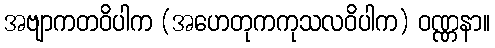
အဗျာကတဝိပါက (အဟေတုကကုသလဝိပါက) ဝဏ္ဏနာ။